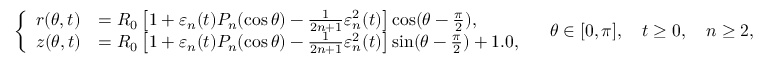
\left\{ \begin{array} { l l } { r ( \theta , t ) } & { = R _ { 0 } \left[ 1 + \varepsilon _ { n } ( t ) P _ { n } ( \cos \theta ) - \frac { 1 } { 2 n + 1 } \varepsilon _ { n } ^ { 2 } ( t ) \right] \cos ( \theta - \frac { \pi } { 2 } ) , } \\ { z ( \theta , t ) } & { = R _ { 0 } \left[ 1 + \varepsilon _ { n } ( t ) P _ { n } ( \cos \theta ) - \frac { 1 } { 2 n + 1 } \varepsilon _ { n } ^ { 2 } ( t ) \right] \sin ( \theta - \frac { \pi } { 2 } ) + 1 . 0 , } \end{array} \right. \quad \theta \in [ 0 , \pi ] , \quad t \geq 0 , \quad n \geq 2 ,